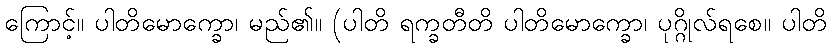
ကြောင့်။ ပါတိမောက္ခော၊ မည်၏။ (ပါတိ ရက္ခတီတိ ပါတိမောက္ခော၊ ပုဂ္ဂိုလ်ရစေ။ ပါတိ